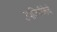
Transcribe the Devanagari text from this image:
उपजिवीकेचे